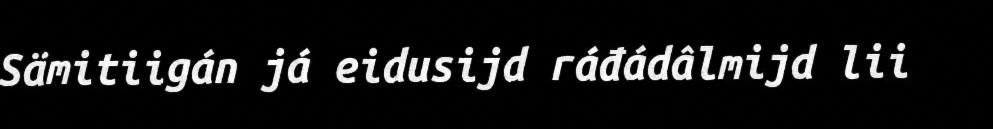
Sämitiigán já eidusijd ráđádâlmijd lii